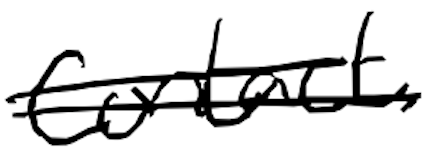
Text: contact
Cross-out: double-line
Writing tool: digital_black